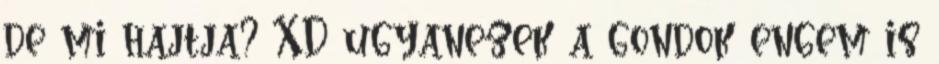
de mi hajtja? XD ugyanezek a gondok engem is